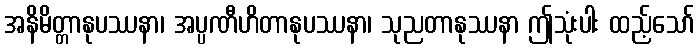
အနိမိတ္တာနုပဿနာ၊ အပ္ပဏီဟိတာနုပဿနာ၊ သုညတာနုဿနာ ဤသုံးပါး ထည့်သော်